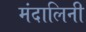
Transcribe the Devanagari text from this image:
मंदालिनी